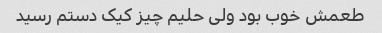
طعمش خوب بود ولی حلیم چیز کیک دستم رسید